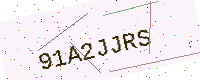
Text: 91A2JJRS